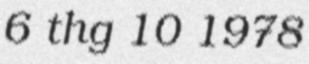
6 thg 10 1978